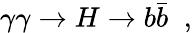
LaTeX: \gamma\gamma\to H\to b\bar{b}\; \; ,